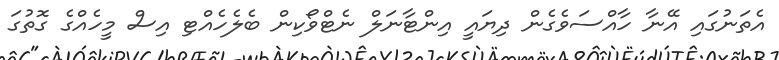
އެތަނުގައި އޭނާ ހާއްސަވެގެން ދިޔައީ އިންޓާނަލް ނެޓްވޯކިން ބެލެހެއްޓި އިސް މީހެއްގެ ގޮތުގަ